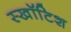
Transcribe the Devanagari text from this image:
स्खॉटिश